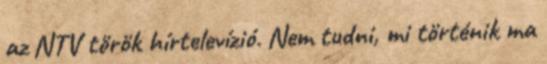
az NTV török hírtelevízió. Nem tudni, mi történik ma